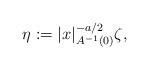
\begin{align*}\eta := |x|_{A^{-1}(0)}^{-a/2}\zeta,\end{align*}